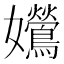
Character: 𡤰